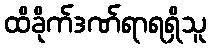
ထိခိုက်ဒဏ်ရာရရှိသူ